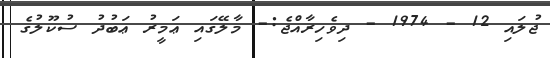
ޖުލައި 12 - 1974 - ދިވެހިރާއްޖެ:- މާލޭގައި ޢަމީރު ޢަބުދު ސުކޫލުގެ